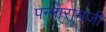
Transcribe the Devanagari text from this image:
पन्नारामजी